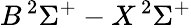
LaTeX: B\, ^{2}\Sigma^{+}-X\, ^{2}\Sigma^{+}